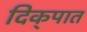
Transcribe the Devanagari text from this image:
दिक्‌पात